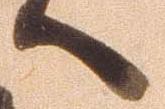
へ